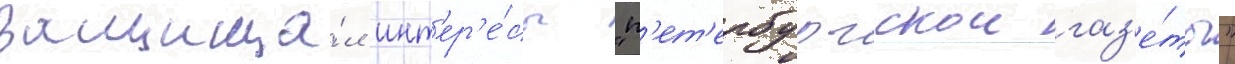
Защища́л инт'ер'е́сы "п'ет'ербургскои газ'е́ты"